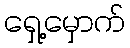
ရှေ့မှောက်